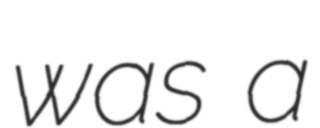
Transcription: was a